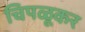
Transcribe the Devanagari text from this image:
चिपळूकर